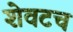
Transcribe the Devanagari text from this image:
शेवटच